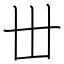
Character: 丗